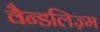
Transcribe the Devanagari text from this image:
वैन्डलिज़्म